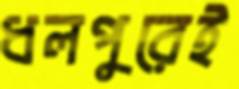
ধলপুরেই